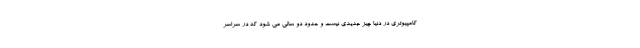
کامپیوتری در دنیا چیز جدیدی نیست و حدود دو سالی می شود که در سراسر